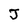
Character: J